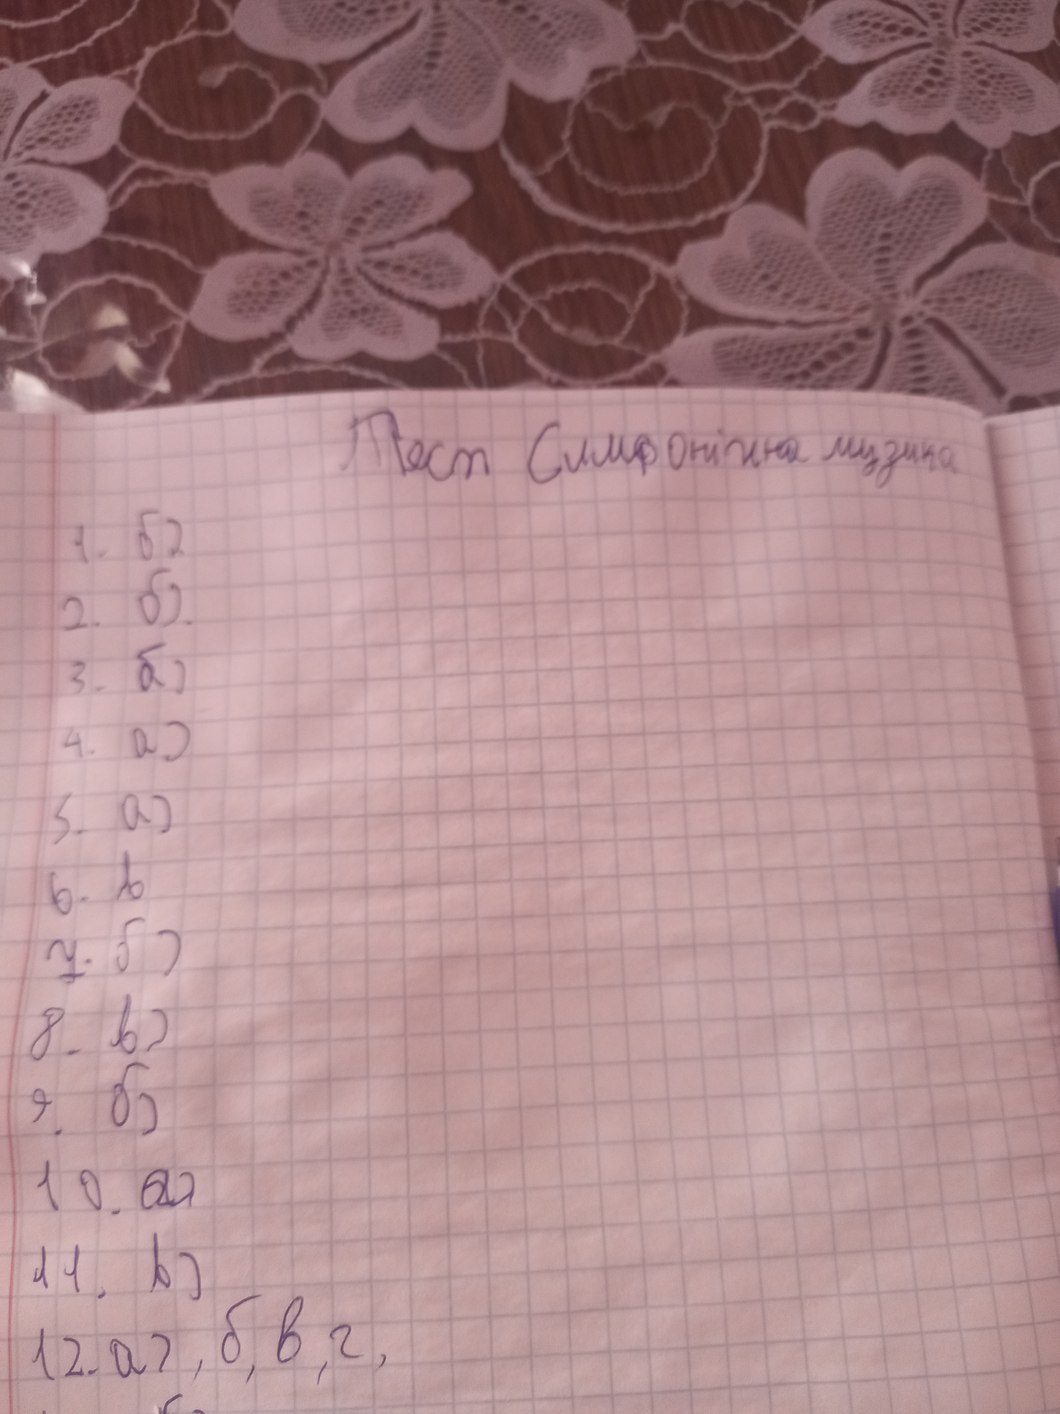
Тест Симфонічна музика
1. б)
2. б)
3. б)
4. a)
5 a)
6. А
7. б)
8. в)
9. б)
10. а)
11. в)
12. а), б, в, г,